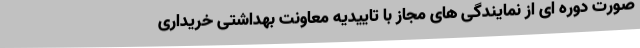
صورت دوره ای از نمایندگی های مجاز با تاییدیه معاونت بهداشتی خریداری